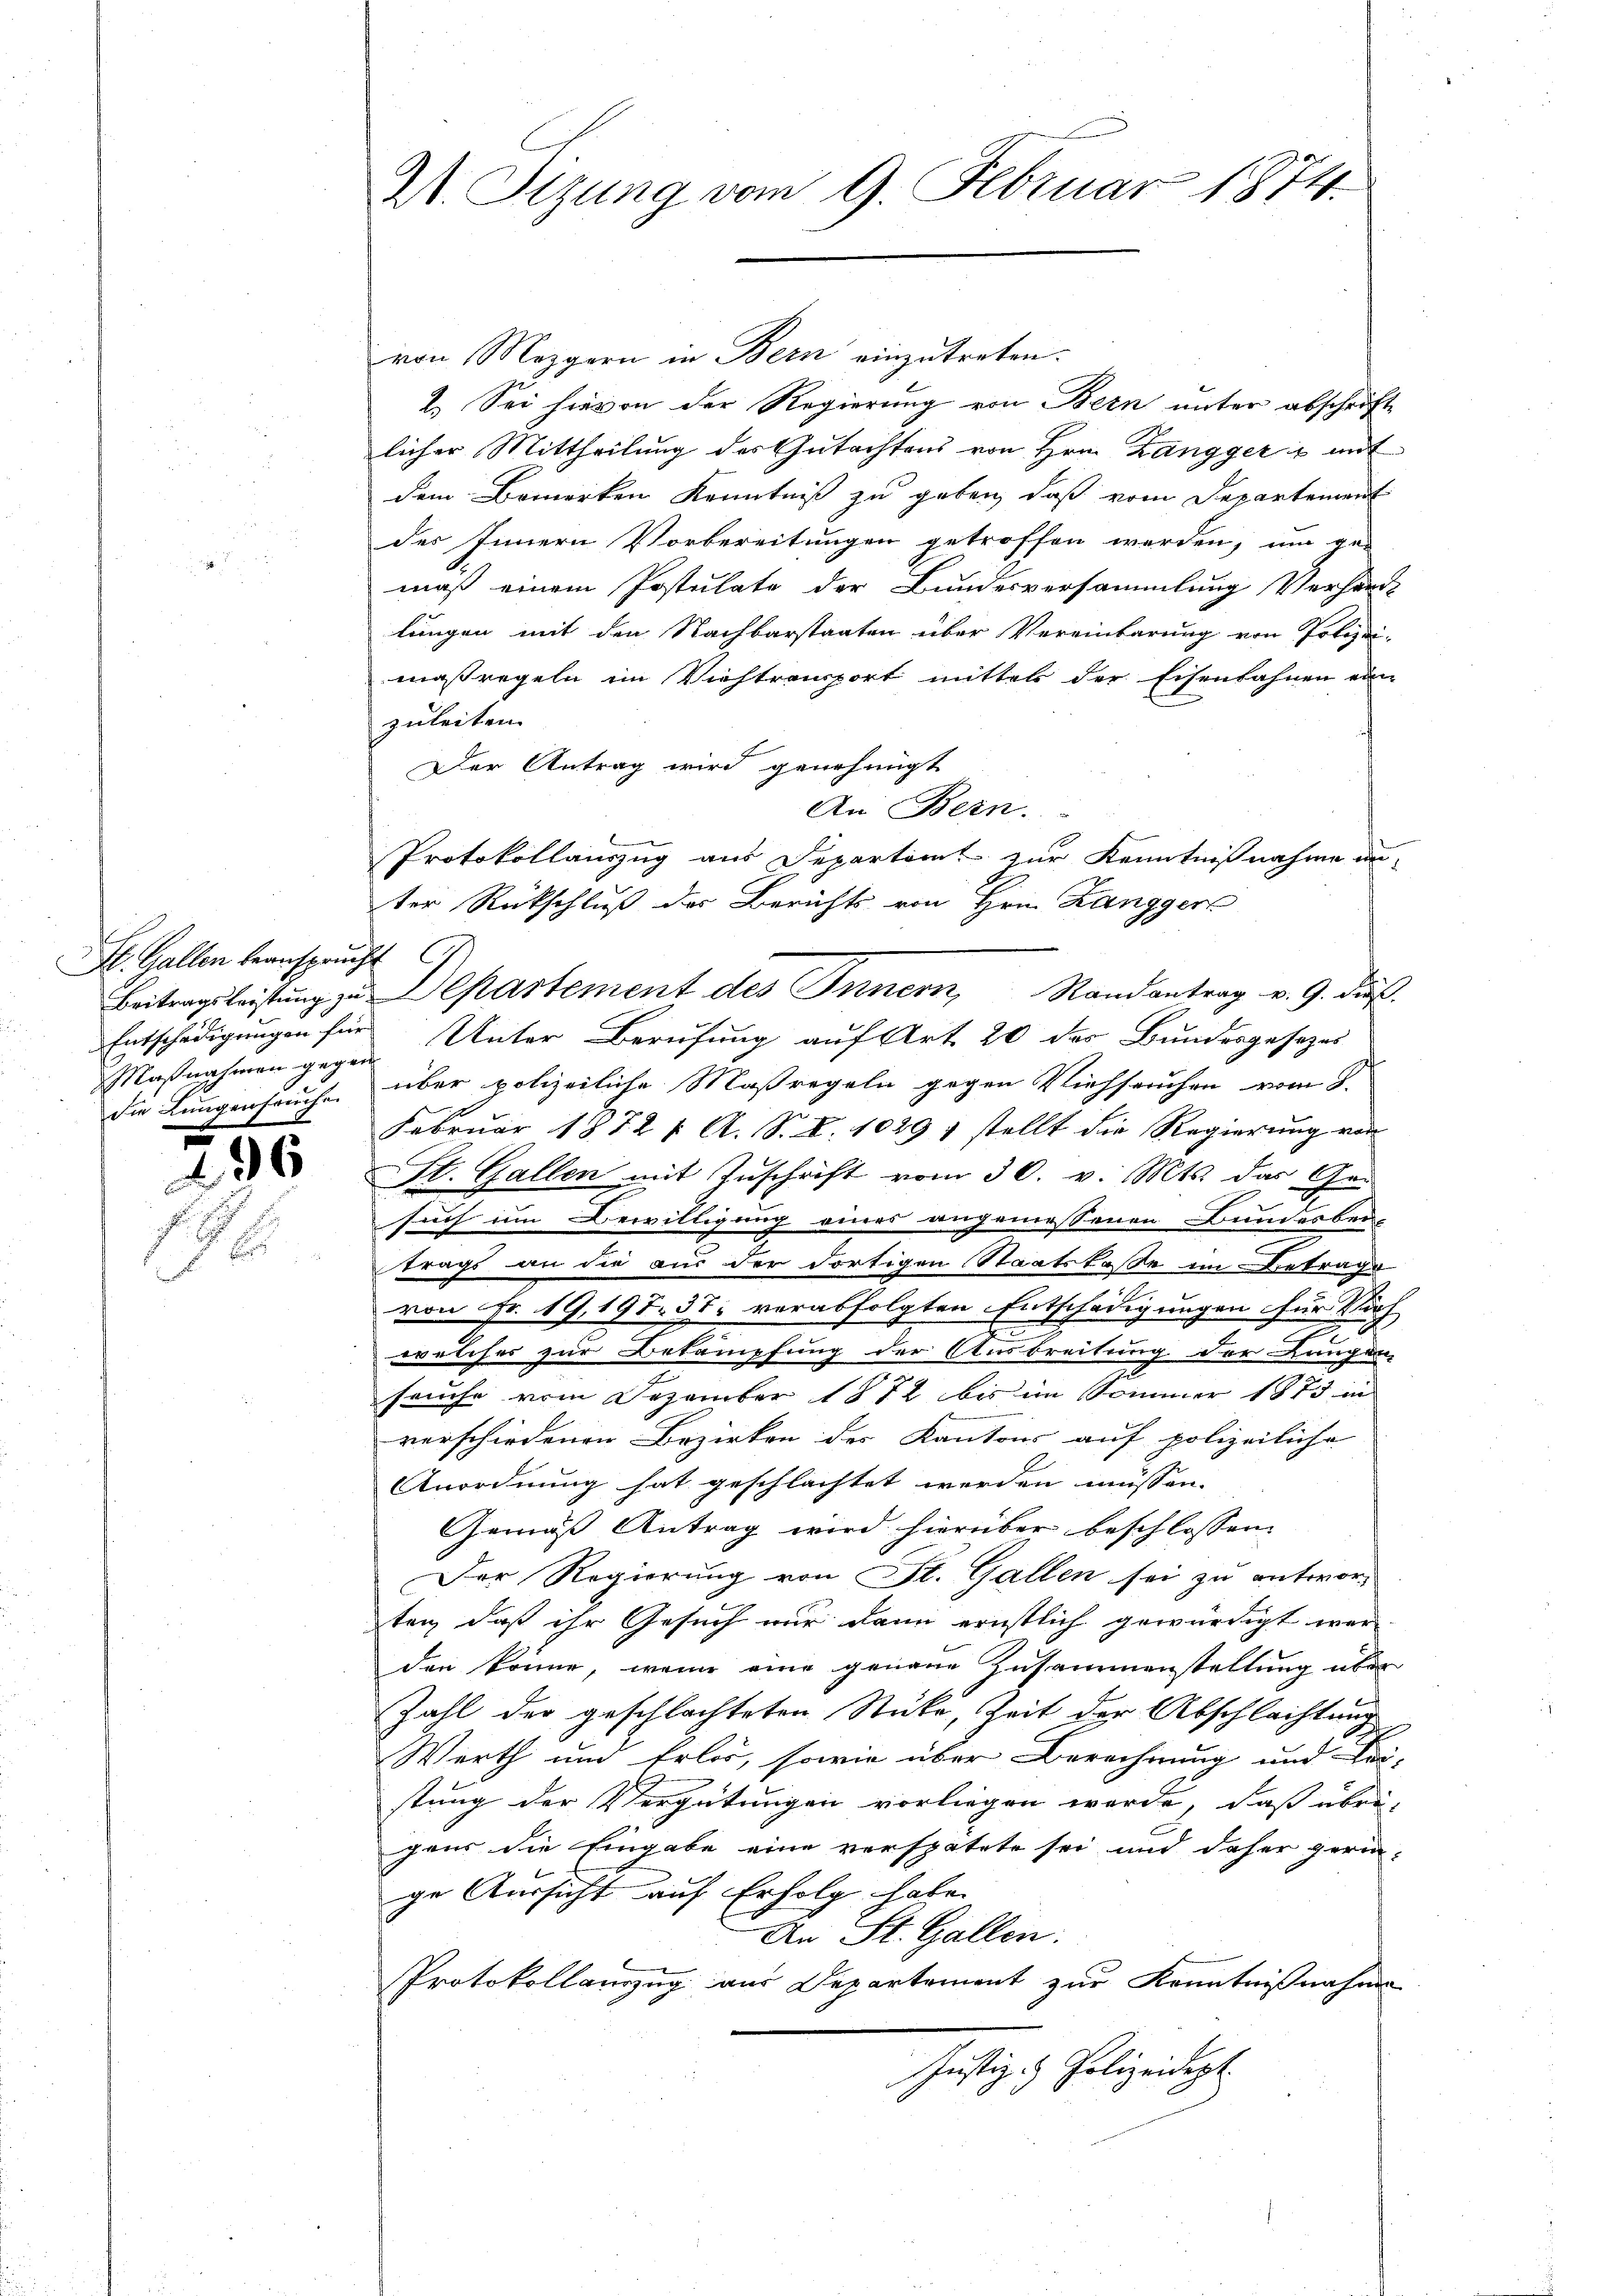
St. Gallen beansprucht
Maßnahmen gegen
x

G

296

von Mezgern in Bern einzutreten.
2. Sei hievon der Regierung von Bern unter abschrifte
licher Mittheilung des Gutachtens von Hrn. Zanggers mit
dem Bemerken Kenntniß zu geben, daß vom Departement
des Innern Vorbereitungen getroffen werden, um ge-
mäß einem Postulate der Bundesversammlung Verhard-
lungen mit den Nachbarstaaten über Vereinbarung von Polizei-
maßregeln im Viehtransport mittel der Eisenbahnen eine
zuleiten.
Der Antrag wird genehmigt
An Bern.
Protokollauszug aus Departem zur Kenntnißnahme an-
ter Rückschluß des Berichts von Hrn. Langger
Beitragsleistŭng zu Departement des Innern, Randantrag v. 9. daß
Entschädigungen für Unter Berufung auf Art. 20 des Bundesgesezes
die Lungenhause über polizeiliche Maßregeln gegen Viehseuchen vom 8.
Februar 1872 f. A. S. B. 1029, stellt die Regierŭng von
St. Gallen mit Zuschrift vom 30. v. Mts. das Ge-
2
such im Bewilligung eines angemessenen Bundesbei-
trags an die aus der dortigen Staatskasse im Betrage
von Fr. 19,197. 37. verabfolgten Entschädigungen für Durch
E
welches zur Bekämpfung der Ausbreitung der Lungen,
sache vom Dezember 1872 bis im Sommer 1873 in
verschiedenen Bezirken des Kantons auf polizeiliche
Anordnung hat geschlachtet werden müssen.
Gemäss Antrag wird hierüber beschlossen:
Der Regierung von St. Gallen sei zu antworten, daß ihr Gesuch nur dann ernstlich gewürdigt wer-
den könne, wenn eine genaue Zusammenstellung über
Zahl der geschlachteten Stücke, Zeit der Abschlachtung
Werth und Erlös, sowie über Berechnung und Sei-
stung der Vergütungen vorliegen werde, daß übrigens die Eingabe eine verspätete sei und daher gerin-
ge Aussicht auf Erfolg habe.
An St. Gallen.
Protokollauszug aus Departement zur Kenntnißnahme
Justiz- & Polizeidept

It. Sizung vom 9. Februar 1874.